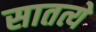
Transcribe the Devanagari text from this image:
सातत्ये